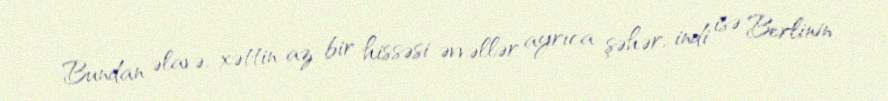
Bundan əlavə, xəttin az bir hissəsi əvvəllər ayrıca şəhər, indi isə Berlinin